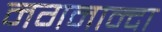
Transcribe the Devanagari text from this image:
नगनान्दा